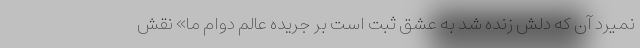
نمیرد آن که دلش زنده شد به عشق ثبت است بر جریده عالم دوام ما» نقش